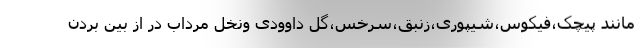
مانند پیچک،فیکوس،شیپوری،زنبق،سرخس،گل داوودی ونخل مرداب در از بین بردن